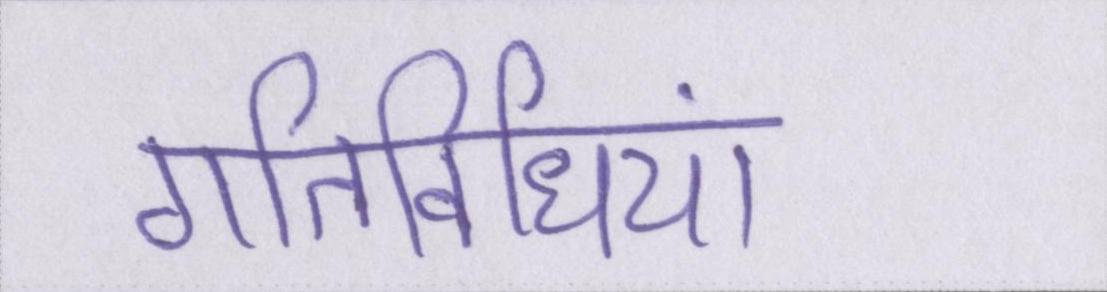
गतिविधियां